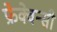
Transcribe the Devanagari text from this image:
फ्रेक्वेन्सी